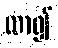
လာ၍